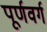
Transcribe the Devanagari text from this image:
पूर्णवर्ग